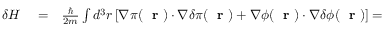
\begin{array} { r l r } { \delta H } & { { } = } & { \frac { \hbar } { 2 m } \int d ^ { 3 } r \left[ \nabla \pi ( \mathrm { ~ \bf ~ r ~ } ) \cdot \nabla \delta \pi ( \mathrm { ~ \bf ~ r ~ } ) + \nabla \phi ( \mathrm { ~ \bf ~ r ~ } ) \cdot \nabla \delta \phi ( \mathrm { ~ \bf ~ r ~ } ) \right] = } \end{array}